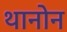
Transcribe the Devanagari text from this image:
थानोन